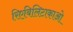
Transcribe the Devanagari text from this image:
रिएबिलिटाकाओ